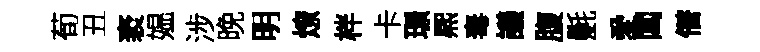
荀丑袤媪涉晚明燎柈卡璟熈毒議腹氎愛閶僣